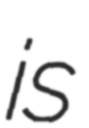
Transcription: is